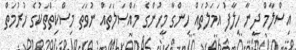
އިސްލާމް ދީނާ ހިލާފު އަމަލުތައް ހިންގާ މީހުންގެ މައްސަލަތައް ނުވަތަ މިސްކިތްތަކުގެ ހުރުމަތް